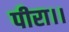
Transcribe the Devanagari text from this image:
पीरा।।